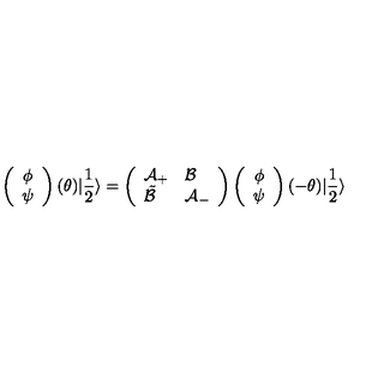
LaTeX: \left( \begin{array} { c } { \phi } \\ { \psi } \\ \end{array} \right) ( \theta ) | \frac { 1 } { 2 } \rangle = \left( \begin{array} { l l } { \mathcal { A } _ { + } } & { \mathcal { B } } \\ { \tilde { \mathcal { B } } } & { \mathcal { A } _ { - } } \\ \end{array} \right) \left( \begin{array} { c } { \phi } \\ { \psi } \\ \end{array} \right) ( - \theta ) | \frac { 1 } { 2 } \rangle